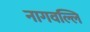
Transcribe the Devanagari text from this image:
नागवल्लि